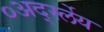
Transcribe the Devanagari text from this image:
०अर्द्स्लेय